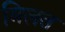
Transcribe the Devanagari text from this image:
बिलत